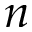
n